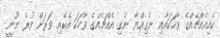
ކެއިއެއްޗެއްގެ ވާހަކައާއި ނެގިއްޔާ ނެގި އެއްޗެއްގެ ވާހަކަ އެކެއި ވަރަށް ވުރެ ނޫނީ